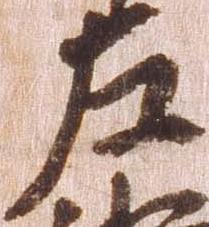
左